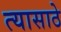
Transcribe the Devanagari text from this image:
त्यासाठे